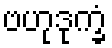
ဗဟုဒုက္ခံ